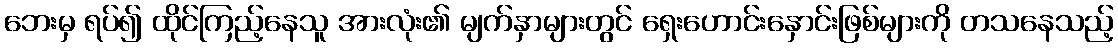
ဘေးမှ ရပ်၍ ထိုင်ကြည့်နေသူ အားလုံး၏ မျက်နှာများတွင် ရှေးဟောင်းနှောင်းဖြစ်များကို တသနေသည့်